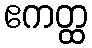
ဧကတ္ထ